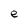
Character: e